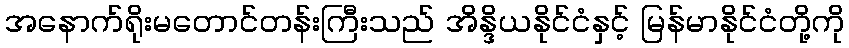
အနောက်ရိုးမတောင်တန်းကြီးသည် အိန္ဒိယနိုင်ငံနှင့် မြန်မာနိုင်ငံတို့ကို